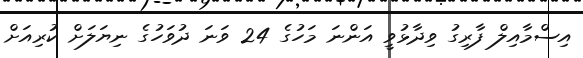
އިސްމާއިލް ފާރިގު ވިދާޅުވީ އަންނަ މަހުގެ 24 ވަނަ ދުވަހުގެ ނިޔަލަށް ކުރިއަށް